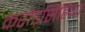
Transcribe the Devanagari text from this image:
करोड़सिंहिया